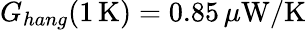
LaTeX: G_{hang}(1\, \mathrm{K})=0.85\, \mu\mathrm{W}/\mathrm{K}